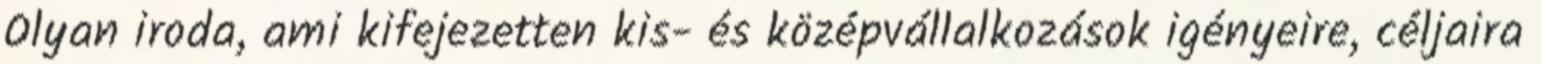
Olyan iroda, ami kifejezetten kis- és középvállalkozások igényeire, céljaira